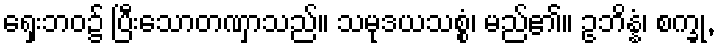
ရှေးဘဝ၌ ပြီးသောတဏှာသည်။ သမုဒယသစ္စံ၊ မည်၏။ ဥဘိန္နံ၊ စက္ခု,